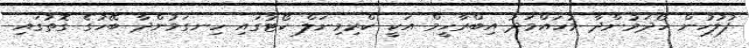
ފުލުހުން ހޯދަމުންދާ މުހައްމަދު އިބްރާހީމް އަކީ ކްރިމިނަލް ކޯޓުގައި ހިނގަމުންދާ ބޭހުގެ ގޮތުގައި